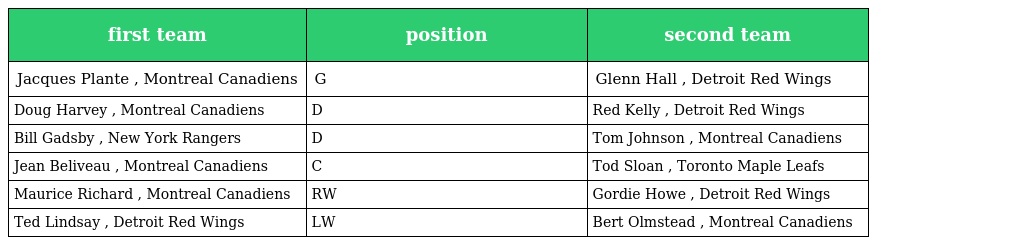
| first team | position | second team |
 | --- | --- | --- |
 | Jacques Plante , Montreal Canadiens | G | Glenn Hall , Detroit Red Wings |
 | Doug Harvey , Montreal Canadiens | D | Red Kelly , Detroit Red Wings |
 | Bill Gadsby , New York Rangers | D | Tom Johnson , Montreal Canadiens |
 | Jean Beliveau , Montreal Canadiens | C | Tod Sloan , Toronto Maple Leafs |
 | Maurice Richard , Montreal Canadiens | RW | Gordie Howe , Detroit Red Wings |
 | Ted Lindsay , Detroit Red Wings | LW | Bert Olmstead , Montreal Canadiens |